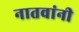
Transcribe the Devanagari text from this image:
नातवांनी